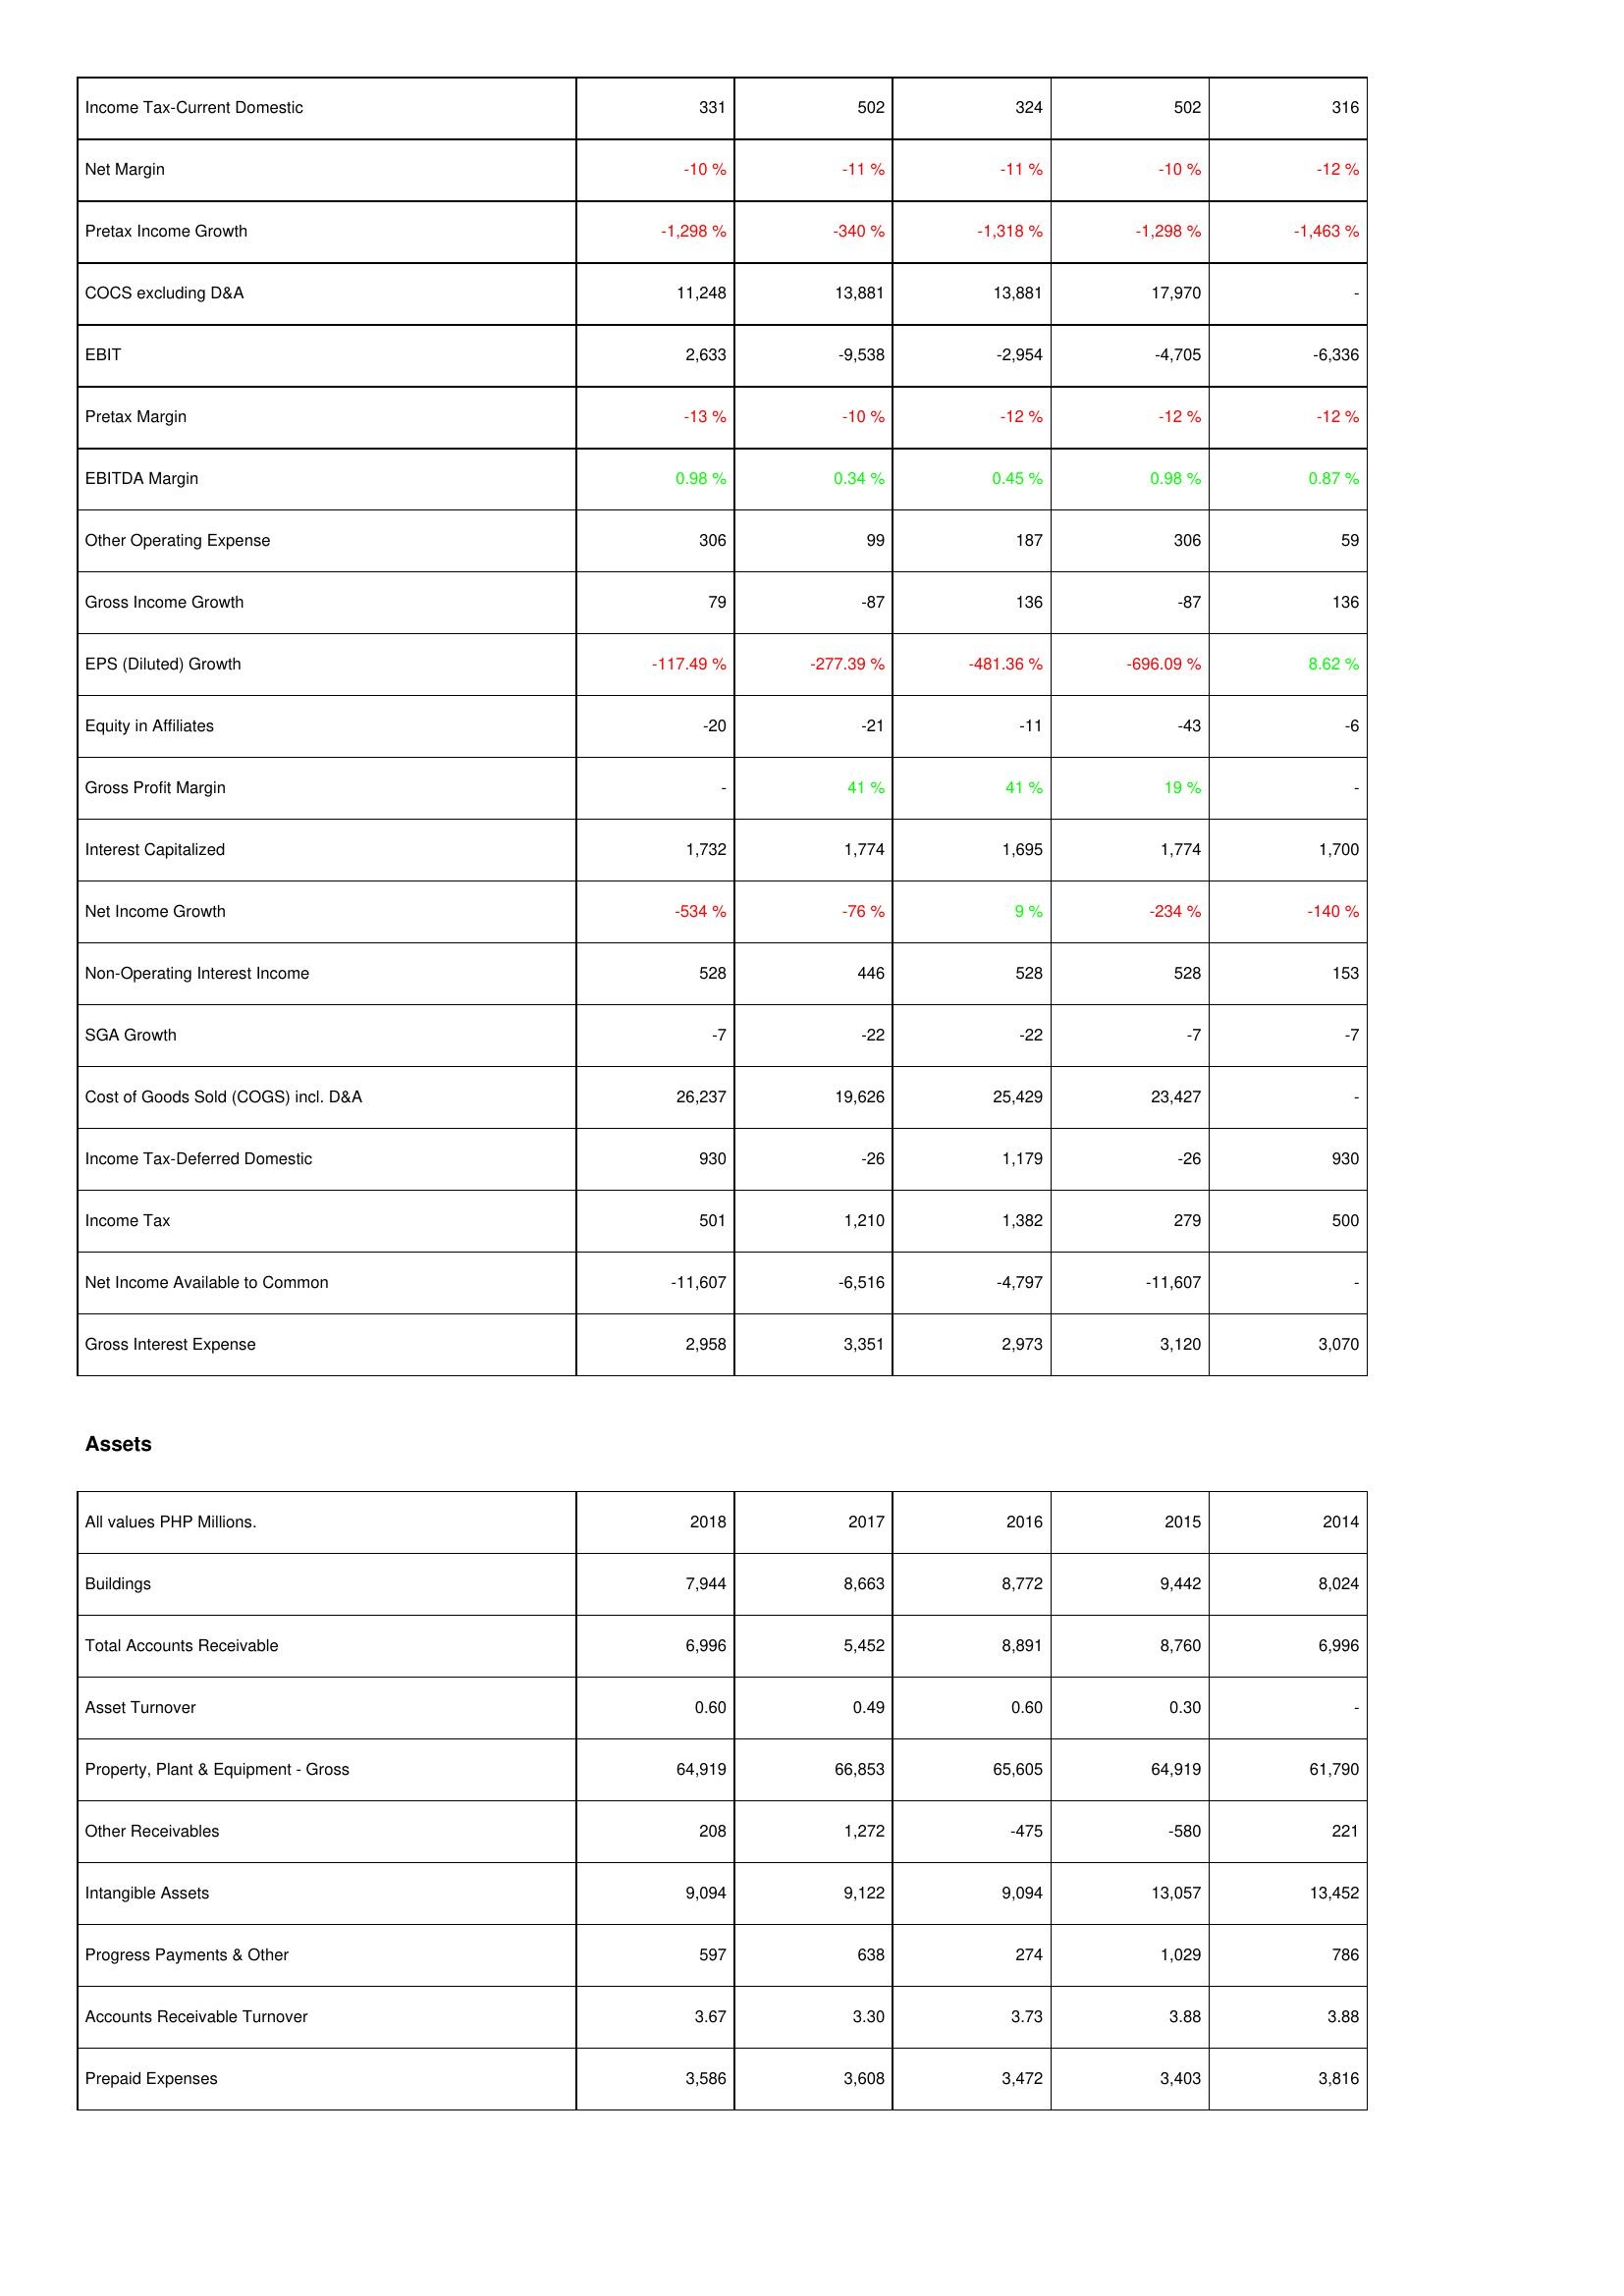
2018: Income Statement: Income Tax-Current Domestic: 331
Net Margin: -10 %
Pretax Income Growth: -1,298 %
COCS excluding D&A: 11,248
EBIT: 2,633
Pretax Margin: -13 %
EBITDA Margin: 0.98 %
Other Operating Expense: 306
Gross Income Growth: 79
EPS (Diluted) Growth: -117.49 %
Equity in Affiliates: -20
Gross Profit Margin: -
Interest Capitalized: 1,732
Net Income Growth: -534 %
Non-Operating Interest Income: 528
SGA Growth: -7
Cost of Goods Sold (COGS) incl. D&A: 26,237
Income Tax-Deferred Domestic: 930
Income Tax: 501
Net Income Available to Common: -11,607
Gross Interest Expense: 2,958
Assets: Buildings: 7,944
Total Accounts Receivable: 6,996
Asset Turnover: 0.60
Property, Plant & Equipment - Gross: 64,919
Other Receivables: 208
Intangible Assets: 9,094
Progress Payments & Other: 597
Accounts Receivable Turnover: 3.67
Prepaid Expenses: 3,586
2017: Income Statement: Income Tax-Current Domestic: 502
Net Margin: -11 %
Pretax Income Growth: -340 %
COCS excluding D&A: 13,881
EBIT: -9,538
Pretax Margin: -10 %
EBITDA Margin: 0.34 %
Other Operating Expense: 99
Gross Income Growth: -87
EPS (Diluted) Growth: -277.39 %
Equity in Affiliates: -21
Gross Profit Margin: 41 %
Interest Capitalized: 1,774
Net Income Growth: -76 %
Non-Operating Interest Income: 446
SGA Growth: -22
Cost of Goods Sold (COGS) incl. D&A: 19,626
Income Tax-Deferred Domestic: -26
Income Tax: 1,210
Net Income Available to Common: -6,516
Gross Interest Expense: 3,351
Assets: Buildings: 8,663
Total Accounts Receivable: 5,452
Asset Turnover: 0.49
Property, Plant & Equipment - Gross: 66,853
Other Receivables: 1,272
Intangible Assets: 9,122
Progress Payments & Other: 638
Accounts Receivable Turnover: 3.30
Prepaid Expenses: 3,608
2016: Income Statement: Income Tax-Current Domestic: 324
Net Margin: -11 %
Pretax Income Growth: -1,318 %
COCS excluding D&A: 13,881
EBIT: -2,954
Pretax Margin: -12 %
EBITDA Margin: 0.45 %
Other Operating Expense: 187
Gross Income Growth: 136
EPS (Diluted) Growth: -481.36 %
Equity in Affiliates: -11
Gross Profit Margin: 41 %
Interest Capitalized: 1,695
Net Income Growth: 9 %
Non-Operating Interest Income: 528
SGA Growth: -22
Cost of Goods Sold (COGS) incl. D&A: 25,429
Income Tax-Deferred Domestic: 1,179
Income Tax: 1,382
Net Income Available to Common: -4,797
Gross Interest Expense: 2,973
Assets: Buildings: 8,772
Total Accounts Receivable: 8,891
Asset Turnover: 0.60
Property, Plant & Equipment - Gross: 65,605
Other Receivables: -475
Intangible Assets: 9,094
Progress Payments & Other: 274
Accounts Receivable Turnover: 3.73
Prepaid Expenses: 3,472
2015: Income Statement: Income Tax-Current Domestic: 502
Net Margin: -10 %
Pretax Income Growth: -1,298 %
COCS excluding D&A: 17,970
EBIT: -4,705
Pretax Margin: -12 %
EBITDA Margin: 0.98 %
Other Operating Expense: 306
Gross Income Growth: -87
EPS (Diluted) Growth: -696.09 %
Equity in Affiliates: -43
Gross Profit Margin: 19 %
Interest Capitalized: 1,774
Net Income Growth: -234 %
Non-Operating Interest Income: 528
SGA Growth: -7
Cost of Goods Sold (COGS) incl. D&A: 23,427
Income Tax-Deferred Domestic: -26
Income Tax: 279
Net Income Available to Common: -11,607
Gross Interest Expense: 3,120
Assets: Buildings: 9,442
Total Accounts Receivable: 8,760
Asset Turnover: 0.30
Property, Plant & Equipment - Gross: 64,919
Other Receivables: -580
Intangible Assets: 13,057
Progress Payments & Other: 1,029
Accounts Receivable Turnover: 3.88
Prepaid Expenses: 3,403
2014: Income Statement: Income Tax-Current Domestic: 316
Net Margin: -12 %
Pretax Income Growth: -1,463 %
COCS excluding D&A: -
EBIT: -6,336
Pretax Margin: -12 %
EBITDA Margin: 0.87 %
Other Operating Expense: 59
Gross Income Growth: 136
EPS (Diluted) Growth: 8.62 %
Equity in Affiliates: -6
Gross Profit Margin: -
Interest Capitalized: 1,700
Net Income Growth: -140 %
Non-Operating Interest Income: 153
SGA Growth: -7
Cost of Goods Sold (COGS) incl. D&A: -
Income Tax-Deferred Domestic: 930
Income Tax: 500
Net Income Available to Common: -
Gross Interest Expense: 3,070
Assets: Buildings: 8,024
Total Accounts Receivable: 6,996
Asset Turnover: -
Property, Plant & Equipment - Gross: 61,790
Other Receivables: 221
Intangible Assets: 13,452
Progress Payments & Other: 786
Accounts Receivable Turnover: 3.88
Prepaid Expenses: 3,816